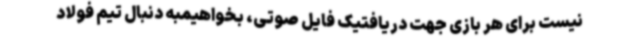
نیست برای هر بازی جهت دریافتیک فایل صوتی، بخواهیمبه دنبال تیم فولاد